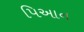
પિઆન